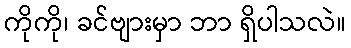
ကိုကို၊ ခင်ဗျားမှာ ဘာ ရှိပါသလဲ။